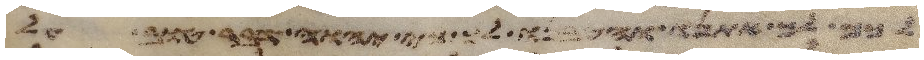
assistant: לכם לך אתנו והטיבנו לך כי יהוה דבר טוב על